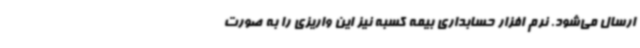
ارسال می‌شود. نرم افزار حسابداری بیمه کسبه نیز این واریزی را به صورت